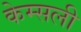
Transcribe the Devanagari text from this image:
केम्सली